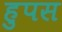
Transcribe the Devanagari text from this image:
हुपस